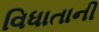
વિધાતાની